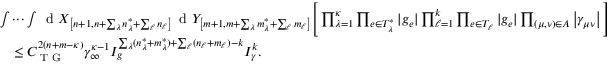
\begin{array} { r l } & { \idotsint \, \textnormal { d } X _ { \left[ n + 1 , n + \sum _ { \lambda } n _ { \lambda } ^ { * } + \sum _ { \ell } n _ { \ell } \right] } \, \textnormal { d } Y _ { \left[ m + 1 , m + \sum _ { \lambda } m _ { \lambda } ^ { * } + \sum _ { \ell } m _ { \ell } \right] } \Bigg [ \prod _ { \lambda = 1 } ^ { \kappa } \prod _ { e \in T _ { \lambda } ^ { * } } | g _ { e } | \prod _ { \ell = 1 } ^ { k } \prod _ { e \in T _ { \ell } } | g _ { e } | \prod _ { ( \mu , \nu ) \in A } \left\vert \gamma _ { \mu \nu } \right\vert \Bigg ] } \\ & { \quad \leq C _ { \textnormal { T G } } ^ { 2 ( n + m - \kappa ) } \gamma _ { \infty } ^ { \kappa - 1 } I _ { g } ^ { \sum _ { \lambda } ( n _ { \lambda } ^ { * } + m _ { \lambda } ^ { * } ) + \sum _ { \ell } ( n _ { \ell } + m _ { \ell } ) - k } I _ { \gamma } ^ { k } . } \end{array}